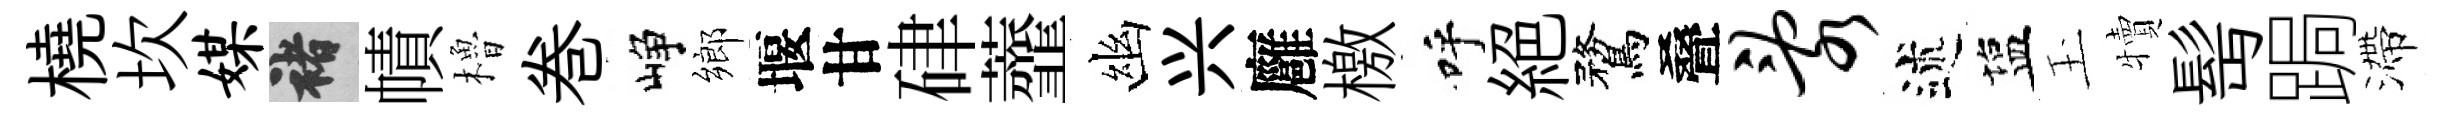
橈坎媒褚幘櫓巻峥鄉堰甘硉虀幽兴廱檄呼絕鶩叠乱述塩玉犢髩跼滯